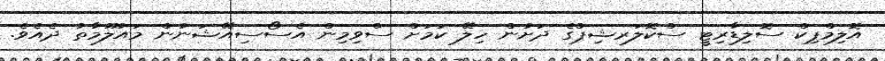
އޮލިމްޕިކް ސޮލިޑާރިޓީ ސްކޮލަރޝިޕްގެ ދަށުން ހިލޭ ކަމަށް ސްވިމިން އެސޯސިއޭޝަނުން މައުލޫމާތު ދެއެވެ.